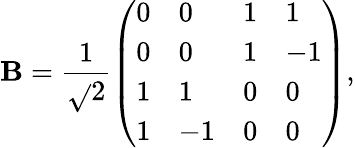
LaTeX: \mathbf{B}=\frac{{1}}{{\sqrt{}{{2}}}}\left(\begin{array}{llll}{0}&{0}&{1}&{1}\\ {0}&{0}&{1}&{-1}\\ {1}&{1}&{0}&{0}\\ {1}&{-1}&{0}&{0}\end{array}\right),